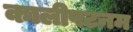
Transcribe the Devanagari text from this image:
कालीपटनम